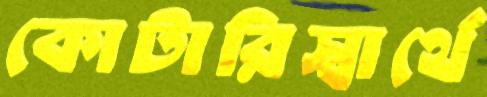
কোটারিস্বার্থে